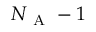
N _ { \mathrm { ~ A ~ } } - 1